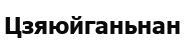
Цзяюйганьнан